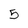
Character: 5